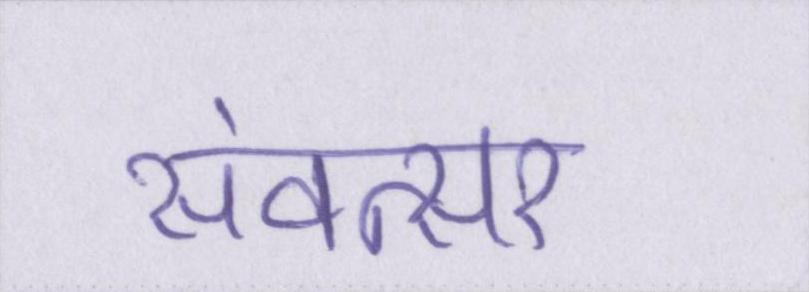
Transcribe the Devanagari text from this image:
संवत्सर